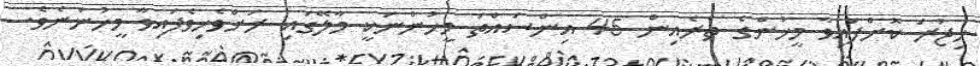
ހިޖުރަ ކޮށްފައިވާ މީހުންގެ ތެރެއިން 45 އިންސައްތަ މީހުންނަކީ މާލޭގައި ރަށްވެހިވެފައިވާ މީހުންނެވެ.